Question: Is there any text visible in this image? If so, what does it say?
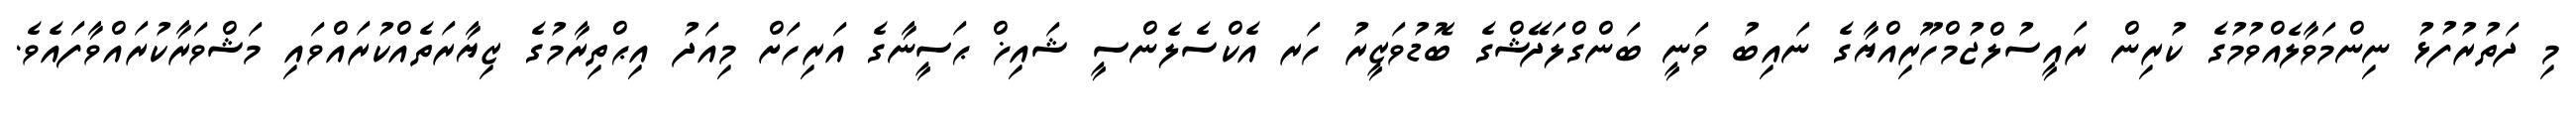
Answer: މި ދަތުރުފުޅު ނިންމަވާލެއްވުމުގެ ކުރިން ރައީސުލްޖުމްހޫރިއްޔާގެ ނައިބު ވަނީ ބަންގްލަދޭޝްގެ ބޮޑުވަޒީރު ހަރ އެކްސެލެންސީ ޝައިޚް ޙަސީނާގެ އަރިހަށް މިއަދު އިޙްތިރާމުގެ ޒިޔާރަތެއްކުރައްވައި މަޝްވަރާކުރައްވާފައެވެ.